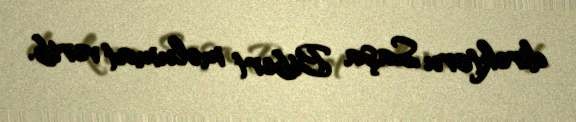
direktoru Saşa Bibert məlumat verib.